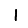
Digit: 1